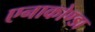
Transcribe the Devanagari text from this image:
एनाकोण्डा